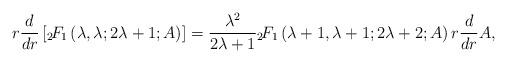
LaTeX: \begin{align*}r\frac{d}{dr}\left[{}_2\!F_{1}\left(\lambda,\lambda;2\lambda+1;A\right)\right]=\frac{\lambda^2}{2\lambda+1}{}_2\!F_{1}\left(\lambda+1,\lambda+1;2\lambda+2;A\right)r\frac{d}{dr}A,\end{align*}